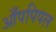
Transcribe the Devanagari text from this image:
आँपपिपल